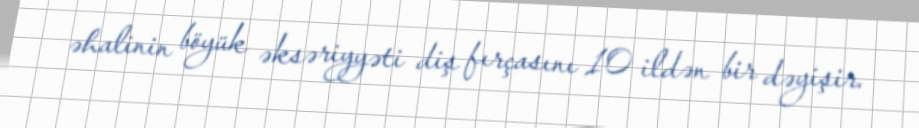
əhalinin böyük əksəriyyəti diş fırçasını 10 ildən bir dəyişir.